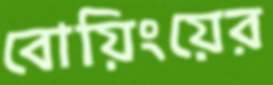
বোয়িংয়ের